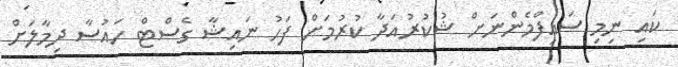
ކައި ނިމި ސައިފްމެންނަށް ޝުކުރުއަދާ ކުރުމަށް ފަހު ނައިޝާ ގެސްޓް ހައުސާ ދިމާލަށް